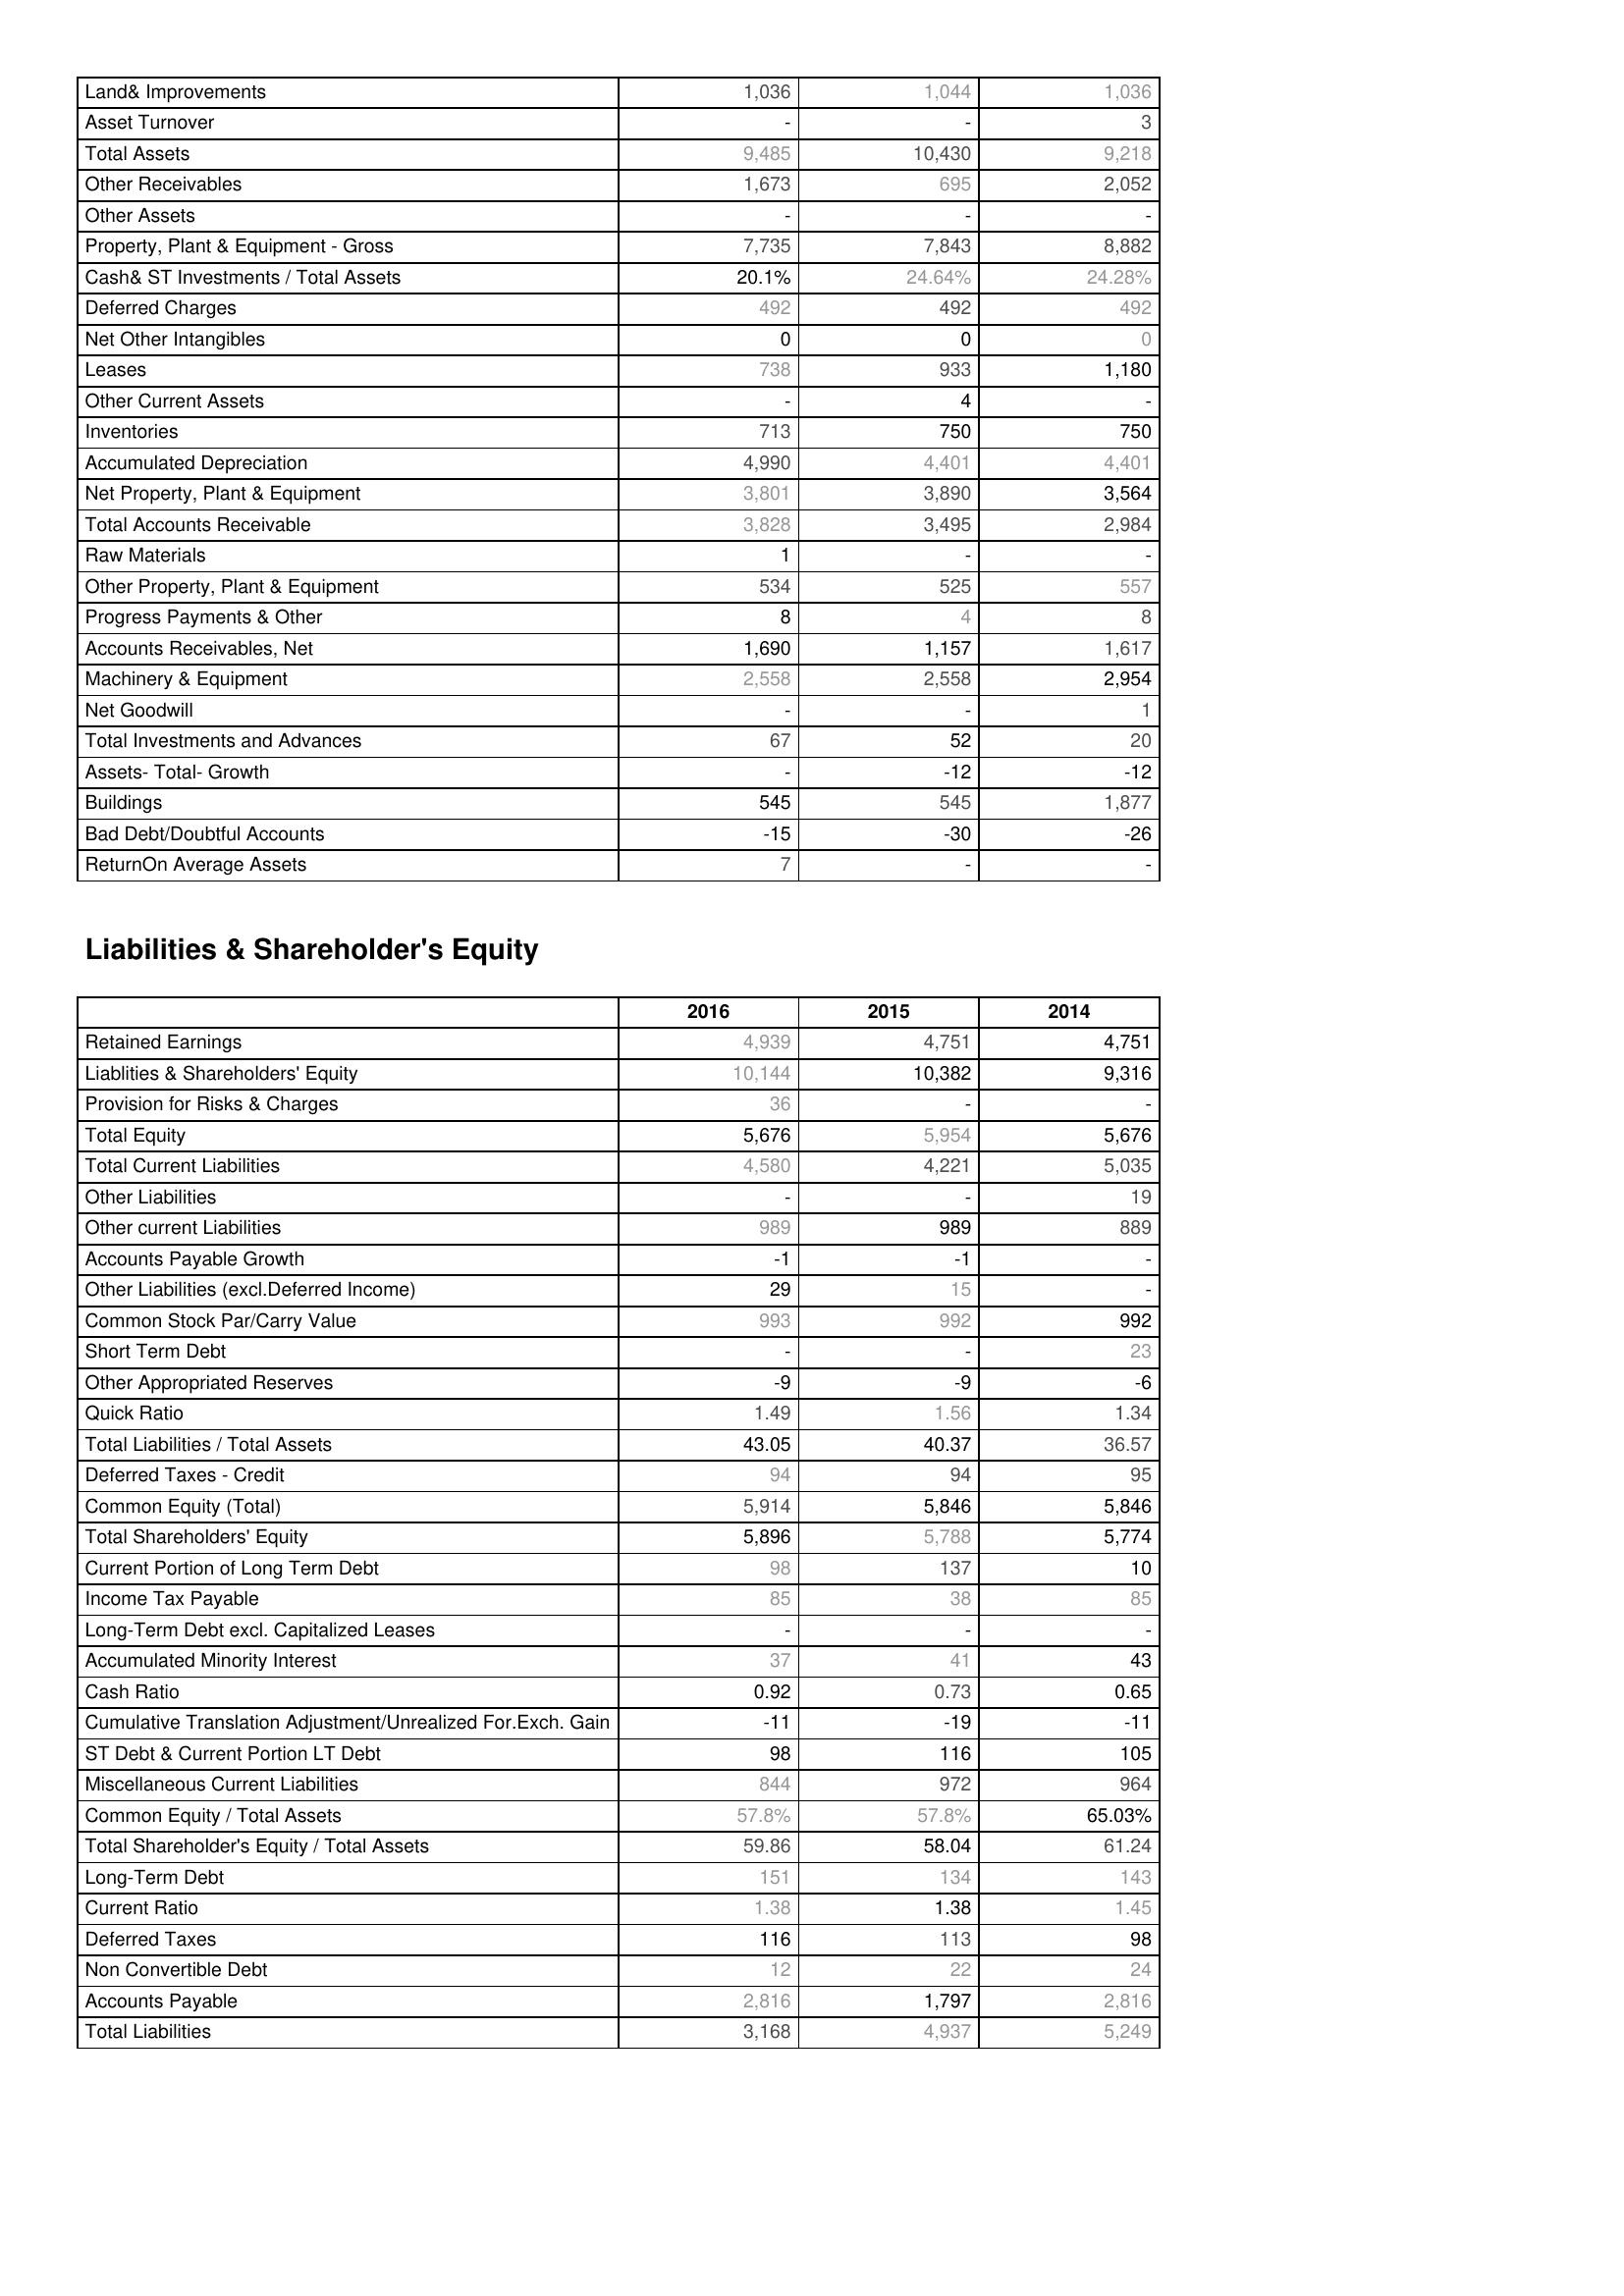
2016: Assets: Land& Improvements: 1,036
Asset Turnover: -
Total Assets: 9,485
Other Receivables: 1,673
Other Assets: -
Property, Plant & Equipment - Gross : 7,735
Cash& ST Investments / Total Assets: 20.1%
Deferred Charges: 492
Net Other Intangibles: 0
Leases: 738
Other Current Assets: -
Inventories: 713
Accumulated Depreciation: 4,990
Net Property, Plant & Equipment: 3,801
Total Accounts Receivable: 3,828
Raw Materials: 1
Other Property, Plant & Equipment: 534
Progress Payments & Other: 8
Accounts Receivables, Net: 1,690
Machinery & Equipment: 2,558
Net Goodwill: -
Total Investments and Advances: 67
Assets- Total- Growth: -
Buildings: 545
Bad Debt/Doubtful Accounts: -15
ReturnOn Average Assets: 7
Liabilities & Shareholder's Equity: Retained Earnings: 4,939
Liablities & Shareholders' Equity: 10,144
Provision for Risks & Charges: 36
Total Equity: 5,676
Total Current Liabilities: 4,580
Other Liabilities: -
Other current Liabilities: 989
Accounts Payable Growth: -1
Other Liabilities (excl.Deferred Income): 29
Common Stock Par/Carry Value: 993
Short Term Debt: -
Other Appropriated Reserves: -9
Quick Ratio: 1.49
Total Liabilities / Total Assets: 43.05
Deferred Taxes - Credit: 94
Common Equity (Total): 5,914
Total Shareholders' Equity: 5,896
Current Portion of Long Term Debt: 98
Income Tax Payable: 85
Long-Term Debt excl. Capitalized Leases: -
Accumulated Minority Interest: 37
Cash Ratio: 0.92
Cumulative Translation Adjustment/Unrealized For.Exch. Gain: -11
ST Debt & Current Portion LT Debt: 98
Miscellaneous Current Liabilities: 844
Common Equity / Total Assets: 57.8%
Total Shareholder's Equity / Total Assets: 59.86
Long-Term Debt: 151
Current Ratio: 1.38
Deferred Taxes: 116
Non Convertible Debt: 12
Accounts Payable: 2,816
Total Liabilities: 3,168
2015: Assets: Land& Improvements: 1,044
Asset Turnover: -
Total Assets: 10,430
Other Receivables: 695
Other Assets: -
Property, Plant & Equipment - Gross : 7,843
Cash& ST Investments / Total Assets: 24.64%
Deferred Charges: 492
Net Other Intangibles: 0
Leases: 933
Other Current Assets: 4
Inventories: 750
Accumulated Depreciation: 4,401
Net Property, Plant & Equipment: 3,890
Total Accounts Receivable: 3,495
Raw Materials: -
Other Property, Plant & Equipment: 525
Progress Payments & Other: 4
Accounts Receivables, Net: 1,157
Machinery & Equipment: 2,558
Net Goodwill: -
Total Investments and Advances: 52
Assets- Total- Growth: -12
Buildings: 545
Bad Debt/Doubtful Accounts: -30
ReturnOn Average Assets: -
Liabilities & Shareholder's Equity: Retained Earnings: 4,751
Liablities & Shareholders' Equity: 10,382
Provision for Risks & Charges: -
Total Equity: 5,954
Total Current Liabilities: 4,221
Other Liabilities: -
Other current Liabilities: 989
Accounts Payable Growth: -1
Other Liabilities (excl.Deferred Income): 15
Common Stock Par/Carry Value: 992
Short Term Debt: -
Other Appropriated Reserves: -9
Quick Ratio: 1.56
Total Liabilities / Total Assets: 40.37
Deferred Taxes - Credit: 94
Common Equity (Total): 5,846
Total Shareholders' Equity: 5,788
Current Portion of Long Term Debt: 137
Income Tax Payable: 38
Long-Term Debt excl. Capitalized Leases: -
Accumulated Minority Interest: 41
Cash Ratio: 0.73
Cumulative Translation Adjustment/Unrealized For.Exch. Gain: -19
ST Debt & Current Portion LT Debt: 116
Miscellaneous Current Liabilities: 972
Common Equity / Total Assets: 57.8%
Total Shareholder's Equity / Total Assets: 58.04
Long-Term Debt: 134
Current Ratio: 1.38
Deferred Taxes: 113
Non Convertible Debt: 22
Accounts Payable: 1,797
Total Liabilities: 4,937
2014: Assets: Land& Improvements: 1,036
Asset Turnover: 3
Total Assets: 9,218
Other Receivables: 2,052
Other Assets: -
Property, Plant & Equipment - Gross : 8,882
Cash& ST Investments / Total Assets: 24.28%
Deferred Charges: 492
Net Other Intangibles: 0
Leases: 1,180
Other Current Assets: -
Inventories: 750
Accumulated Depreciation: 4,401
Net Property, Plant & Equipment: 3,564
Total Accounts Receivable: 2,984
Raw Materials: -
Other Property, Plant & Equipment: 557
Progress Payments & Other: 8
Accounts Receivables, Net: 1,617
Machinery & Equipment: 2,954
Net Goodwill: 1
Total Investments and Advances: 20
Assets- Total- Growth: -12
Buildings: 1,877
Bad Debt/Doubtful Accounts: -26
ReturnOn Average Assets: -
Liabilities & Shareholder's Equity: Retained Earnings: 4,751
Liablities & Shareholders' Equity: 9,316
Provision for Risks & Charges: -
Total Equity: 5,676
Total Current Liabilities: 5,035
Other Liabilities: 19
Other current Liabilities: 889
Accounts Payable Growth: -
Other Liabilities (excl.Deferred Income): -
Common Stock Par/Carry Value: 992
Short Term Debt: 23
Other Appropriated Reserves: -6
Quick Ratio: 1.34
Total Liabilities / Total Assets: 36.57
Deferred Taxes - Credit: 95
Common Equity (Total): 5,846
Total Shareholders' Equity: 5,774
Current Portion of Long Term Debt: 10
Income Tax Payable: 85
Long-Term Debt excl. Capitalized Leases: -
Accumulated Minority Interest: 43
Cash Ratio: 0.65
Cumulative Translation Adjustment/Unrealized For.Exch. Gain: -11
ST Debt & Current Portion LT Debt: 105
Miscellaneous Current Liabilities: 964
Common Equity / Total Assets: 65.03%
Total Shareholder's Equity / Total Assets: 61.24
Long-Term Debt: 143
Current Ratio: 1.45
Deferred Taxes: 98
Non Convertible Debt: 24
Accounts Payable: 2,816
Total Liabilities: 5,249